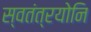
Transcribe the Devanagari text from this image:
स्वतंत्रयोनि